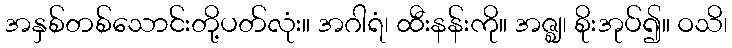
အနှစ်တစ်သောင်းတို့ပတ်လုံး။ အဂါရံ၊ ထီးနန်းကို။ အဇ္ဈ၊ စိုးအုပ်၍။ ဝသိ၊